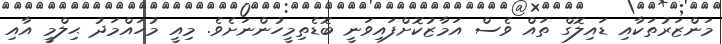
މަންޒަރުތަކާއި ޑައިލޮގް ތައް ވެސް އަމާޒުކޮށްފައިވަނީ ބޮޑެތިމީހުންނަށެވެ. މިއީ މުހައްމަދު ޙިލްމީ އާއި